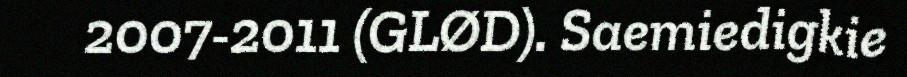
2007-2011 (GLØD). Saemiedigkie